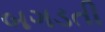
બગડતી